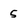
Character: 5